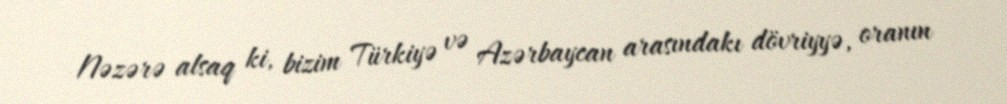
Nəzərə alsaq ki, bizim Türkiyə və Azərbaycan arasındakı dövriyyə, oranın